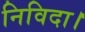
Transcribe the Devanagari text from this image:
निविदा।